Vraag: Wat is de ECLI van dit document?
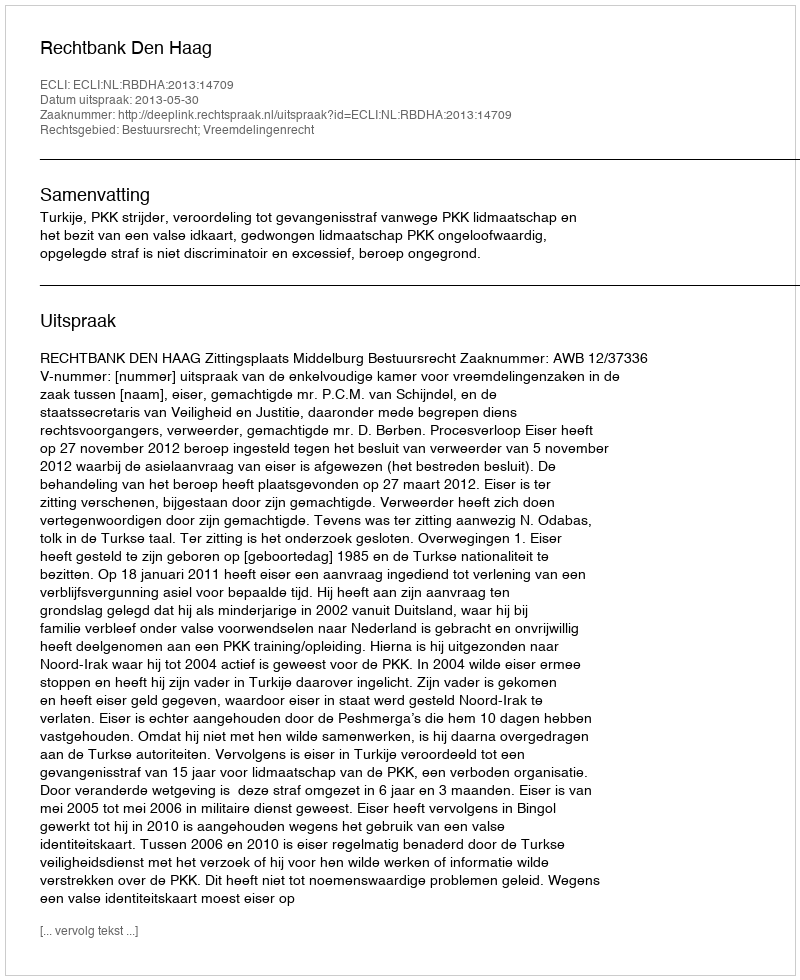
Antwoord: ECLI:NL:RBDHA:2013:14709